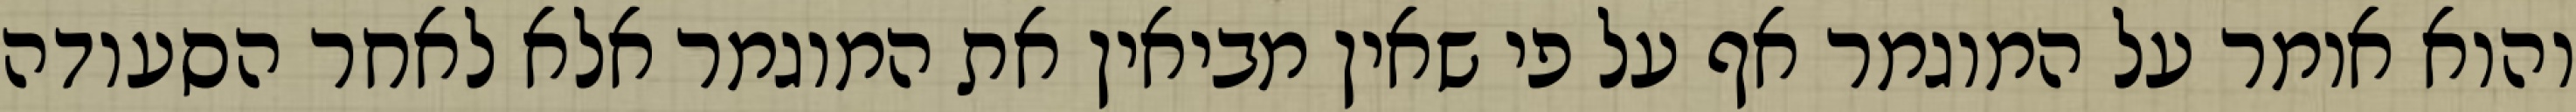
והוא אומר על המוגמר אף על פי שאין מביאין את המוגמר אלא לאחר הסעודה